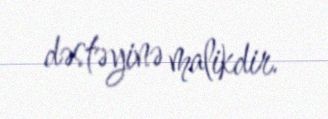
dəstəyinə malikdir.